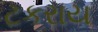
ટકરાય